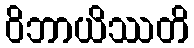
ဝိဘာယိဿတိ